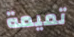
تميمة